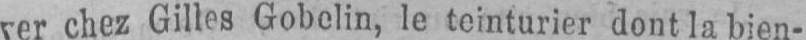
ver chez Gilles Gobelin, le teinturier dont la bien-